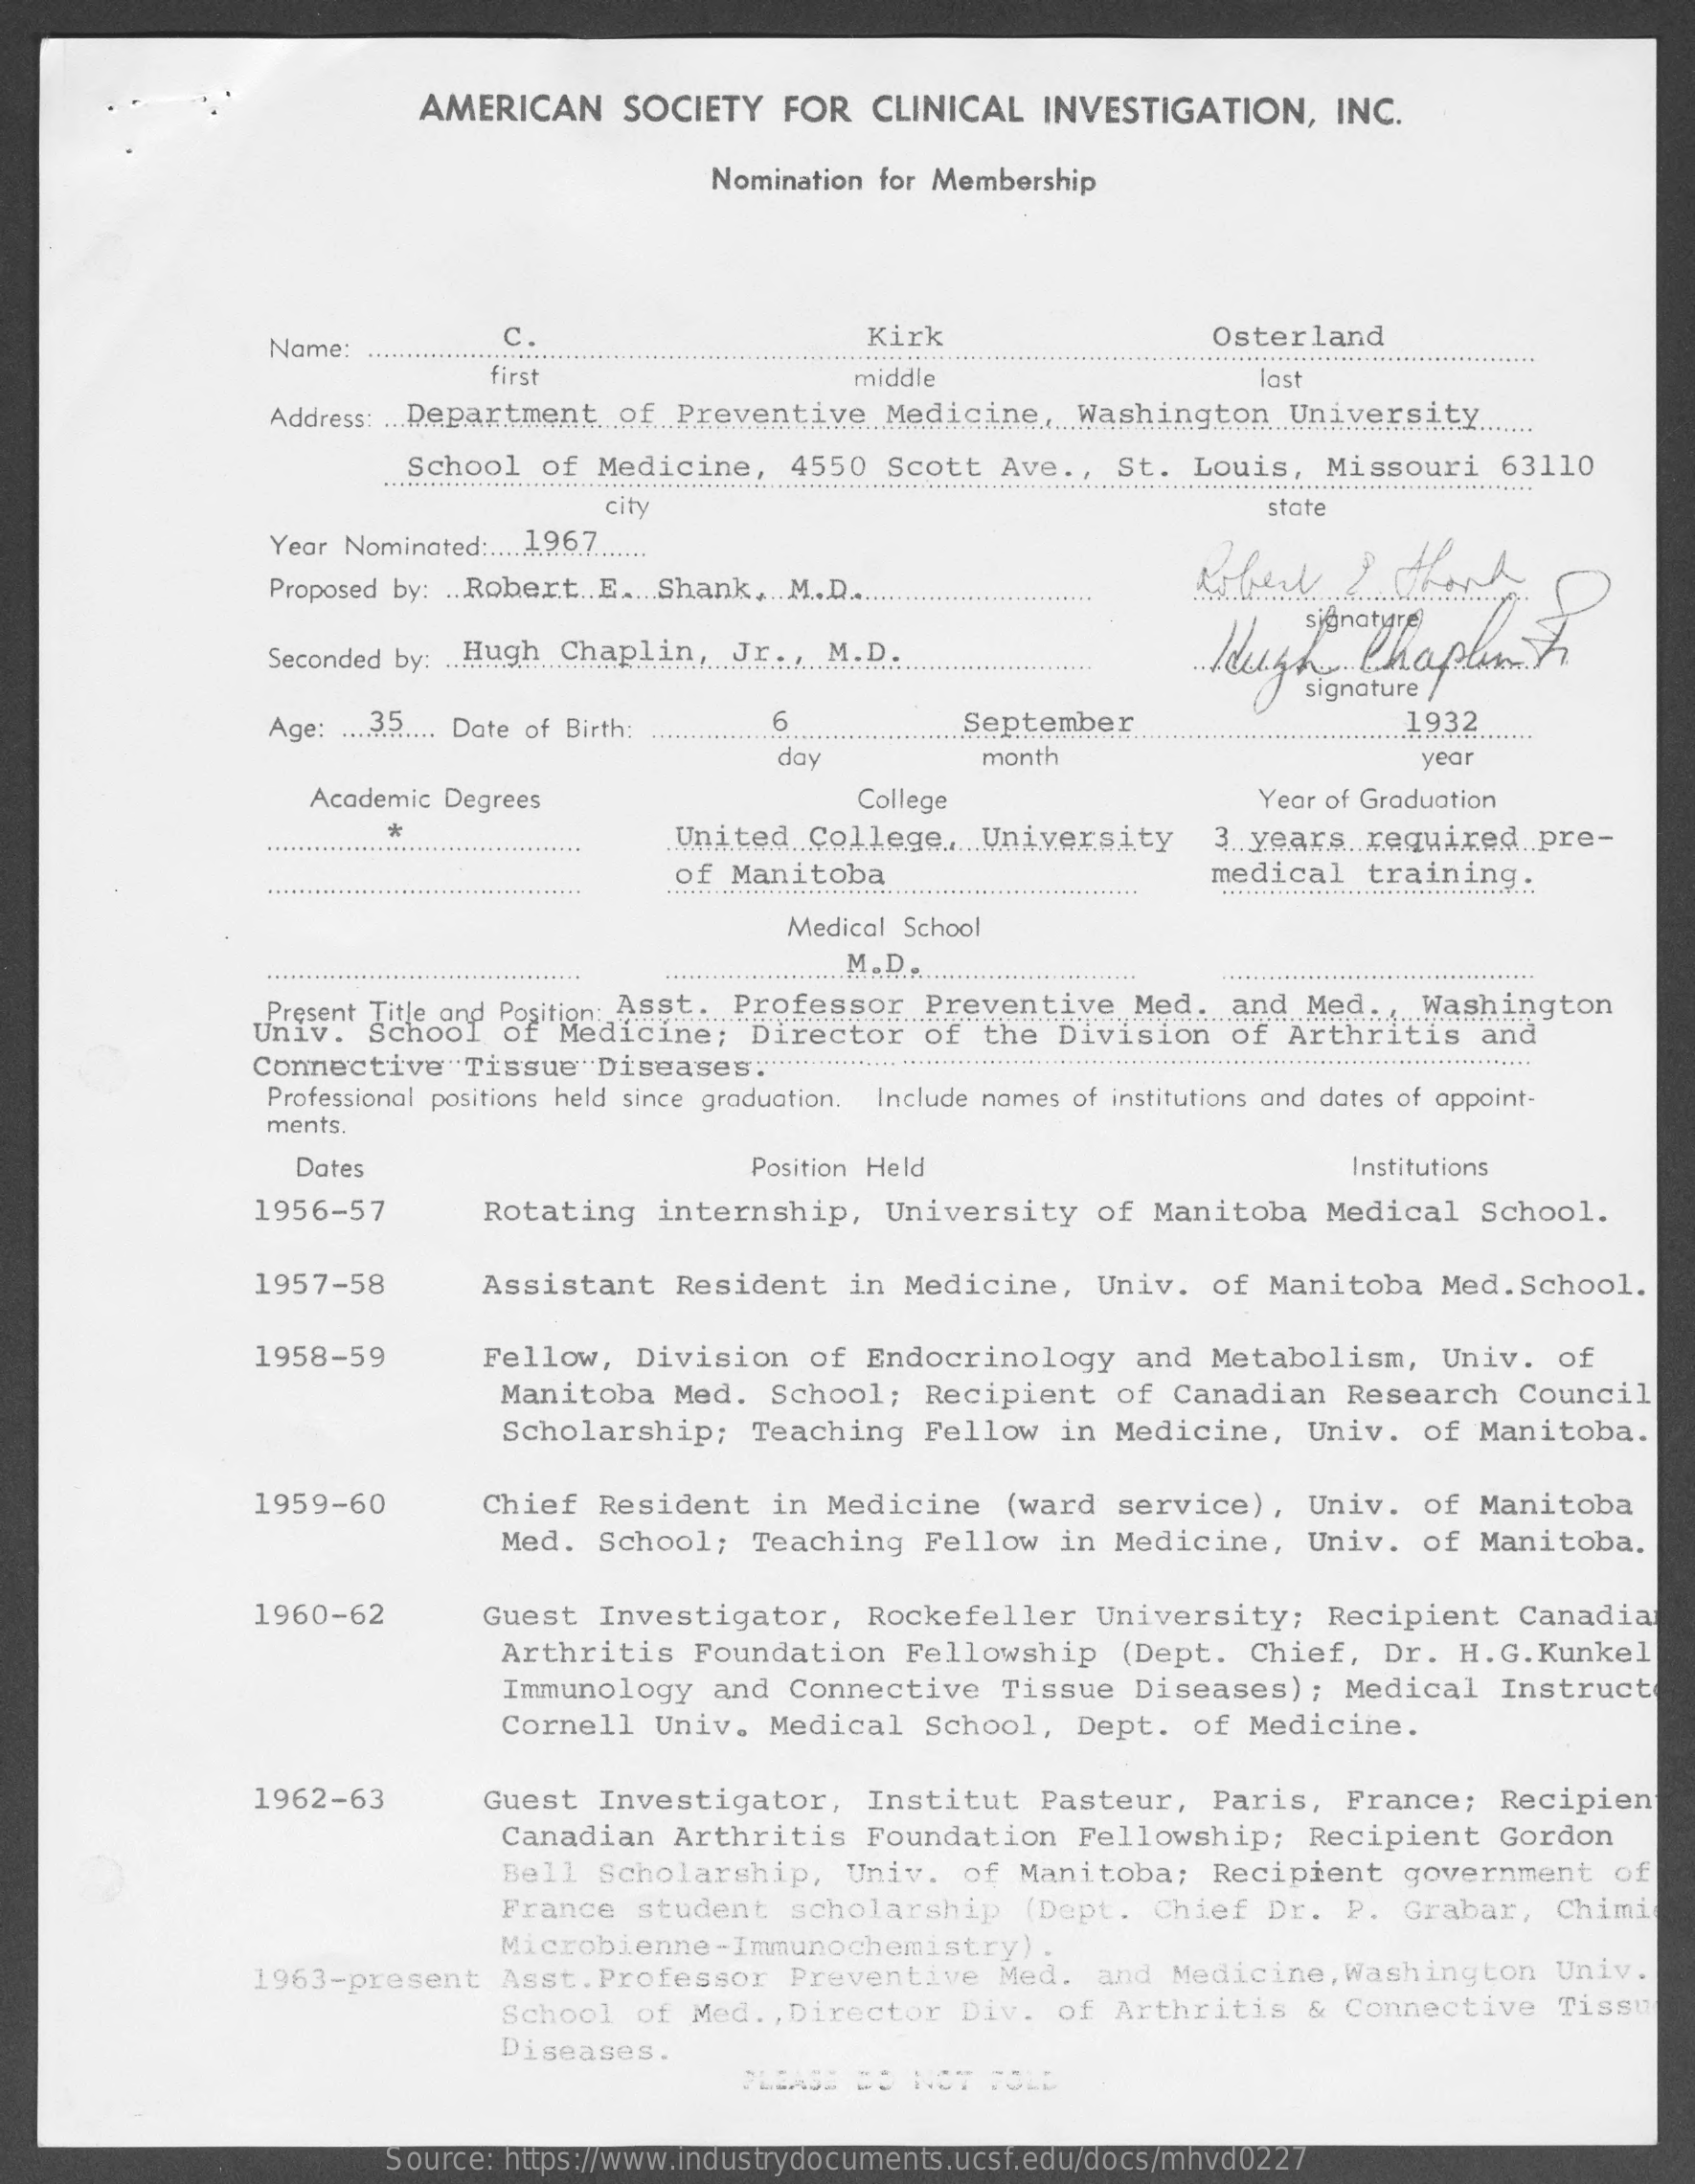
AMERICAN    SOCIETY    FOR   CLINICAL   INVESTIGATION,    INC.
     Nomination for Membership
     Name:
     C.    Kirk    Osterland
     first    middle    last
     Address: ... Department of Preventive    Medicine,    Washington    Univers
     School   of  Medicine,    4550  Scott   Ave .,  St.  Louis,   Missouri   63110
     city    state
     Year Nominated :...... 9.6.7 .......
     Proposed by: .. Robert .. E .... Shank ... M.D ....
     Seconded by: . Hugh Chaplin,   Jr ., .. M.
     Age: .... 3.5 .... Date of Birth: ......... 6  September    1932 ....
     day    month    year
     .....
     Academic Degrees    College    Year of Graduation
     *    United   College.    University    3. years.required.pre-
     of  Manitoba    medical    training.
     .......................................
     Medical School
     ... M.D ..........
     Present Title and Position: Asst. Professor Preventive    Med.   and Med.    Washington
     Univ.   School   of Medicine;    Director    of  the  Division   of  Arthritis    and
     Connective    Tissue   Diseases   .....    ........
     Professional positions held since graduation. Include names of institutions and dates of appoint-
     ments.
     Dates    Position Held    Institutions
     1956-57    Rotating    internship,    University    of  Manitoba    Medical   School.
     1957-58    Assistant   Resident    in Medicine,    Univ.   of  Manitoba   Med.  School.
     1958-59    Fellow,   Division    of  Endocrinology    and  Metabolism,    Univ.   of
     Manitoba   Med.   School;   Recipient    of Canadian    Research    Council
     Scholarship;    Teaching    Fellow   in Medicine,    Univ.   of  Manitoba.
     1959-60    Chief  Resident    in Medicine    (ward   service),   Univ.   of  Manitoba
     Med.  School;   Teaching    Fellow   in Medicine,    Univ.   of  Manitoba.
     1960-62    Guest  Investigator,    Rockefeller    University;    Recipient    Canadia
     Arthritis   Foundation    Fellowship    (Dept.   Chief,   Dr.  H.G. Kunkel
     Immunology    and  Connective    Tissue   Diseases);    Medical   Instruct
     Cornell   Univ.   Medical   School,   Dept.   of Medicine.
     1962-63    Guest  Investigator,    Institut   Pasteur,    Paris,   France;   Recipien
     Canadian   Arthritis    Foundation    Fellowship;    Recipient    Gordon
     Bell  Scholarship,    Univ.  of  Manitoba;    Recipient    government    of
     France   student   scholarship    (Dept.  Chief   Dr.  P.  Grabar,   Chimi
     Microbienne-Immunochemistry)    .
     1963-present    Asst. Professor    Preventive    Med.  and  Medicine,   Washington    Univ.
     School   of Med.  , Director  Div.   of  Arthritis    & Connective    Tissu
     Diseases.
     PLEASE DO  NOT  FOLD
     Source: https://www.industrydocuments.ucsf.edu/docs/mhvd0227